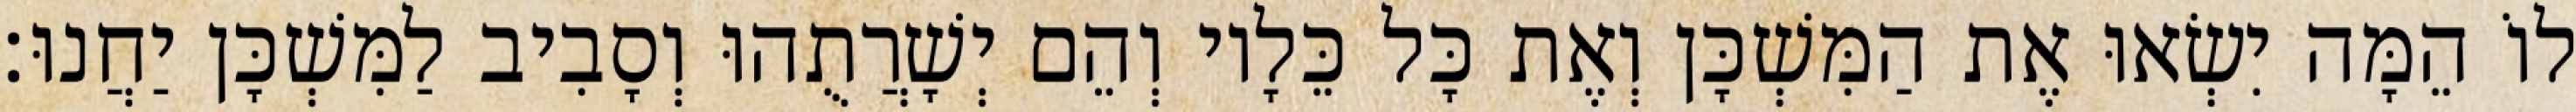
לוֹ הֵמָּה יִשְׂאוּ אֶת הַמִּשְׁכָּן וְאֶת כָּל כֵּלָיו וְהֵם יְשָׁרֲתֻהוּ וְסָבִיב לַמִּשְׁכָּן יַחֲנוּ׃